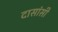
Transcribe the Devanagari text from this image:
दासांसी